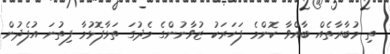
ތި މުބާރާތެއް ބާއްވާ ކޮންމެ ފަހަރަކު ޒުވާނުންގެ މެދުގަ ތަޅާފޮޅުމާ ފިތުނަ އުފެދުން